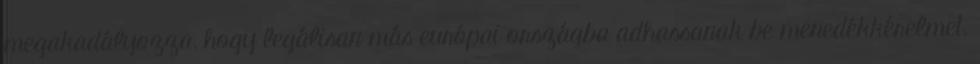
megakadályozza, hogy legálisan más európai országba adhassanak be menedékkérelmet.